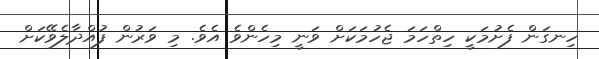
ހިނގަން ފެށުމަކީ ހިތްހަމަ ޖެހުމަކަށް ވަނީ މިހެންވެ އެވެ. މި ވަރުން ފުއްދާލެވޭކަށް